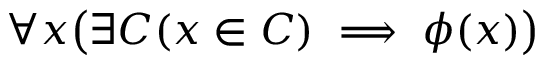
\forall x { \bigl ( } \exists C ( x \in C ) \implies \phi ( x ) { \bigr ) }